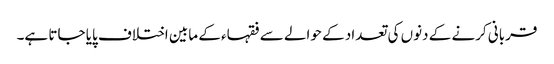
قربانی کرنے کے دنوں کی تعداد کے حوالے سے فقہاء کے مابین اختلاف پایا جاتا ہے۔